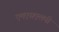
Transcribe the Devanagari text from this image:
एमएसएलपी